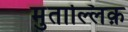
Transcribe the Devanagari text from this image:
मुताल्लिक़